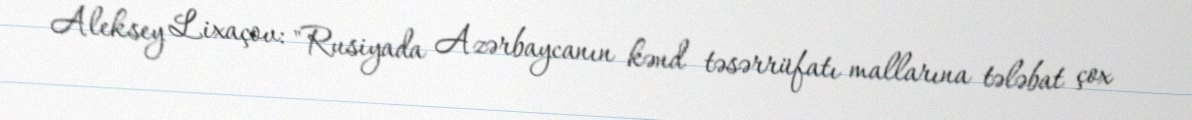
Aleksey Lixaçov: "Rusiyada Azərbaycanın kənd təsərrüfatı mallarına tələbat çox